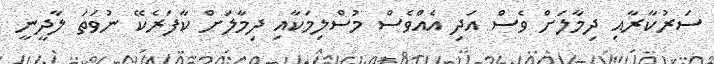
ސަރުކާރާއި ދިމާލަށް ވެސް އަދި އެއްވެސް މުސްލިމަކާއި ދިމާލަށް ކާފަރެކޭ ނުވަތަ ލާދީނީ